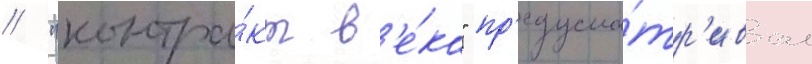
// "контра́кт в'е́ка" пр'едусма́тр'ивал